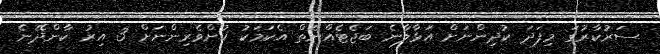
ސަރުކާރުގަ މިފަދަ ކުދިންނަށް އަޅާލާނެ ބަޖެޓެއްނެތް އެކަމަކު ކުށްވެރިންނަށް 3 އިރު ކާންދޭނެ